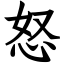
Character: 怒